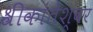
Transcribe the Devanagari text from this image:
श्रीकांतेश्वर